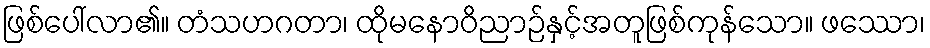
ဖြစ်ပေါ်လာ၏။ တံသဟဂတာ၊ ထိုမနောဝိညာဉ်နှင့်အတူဖြစ်ကုန်သော။ ဖဿော၊